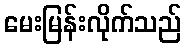
မေးမြန်းလိုက်သည်